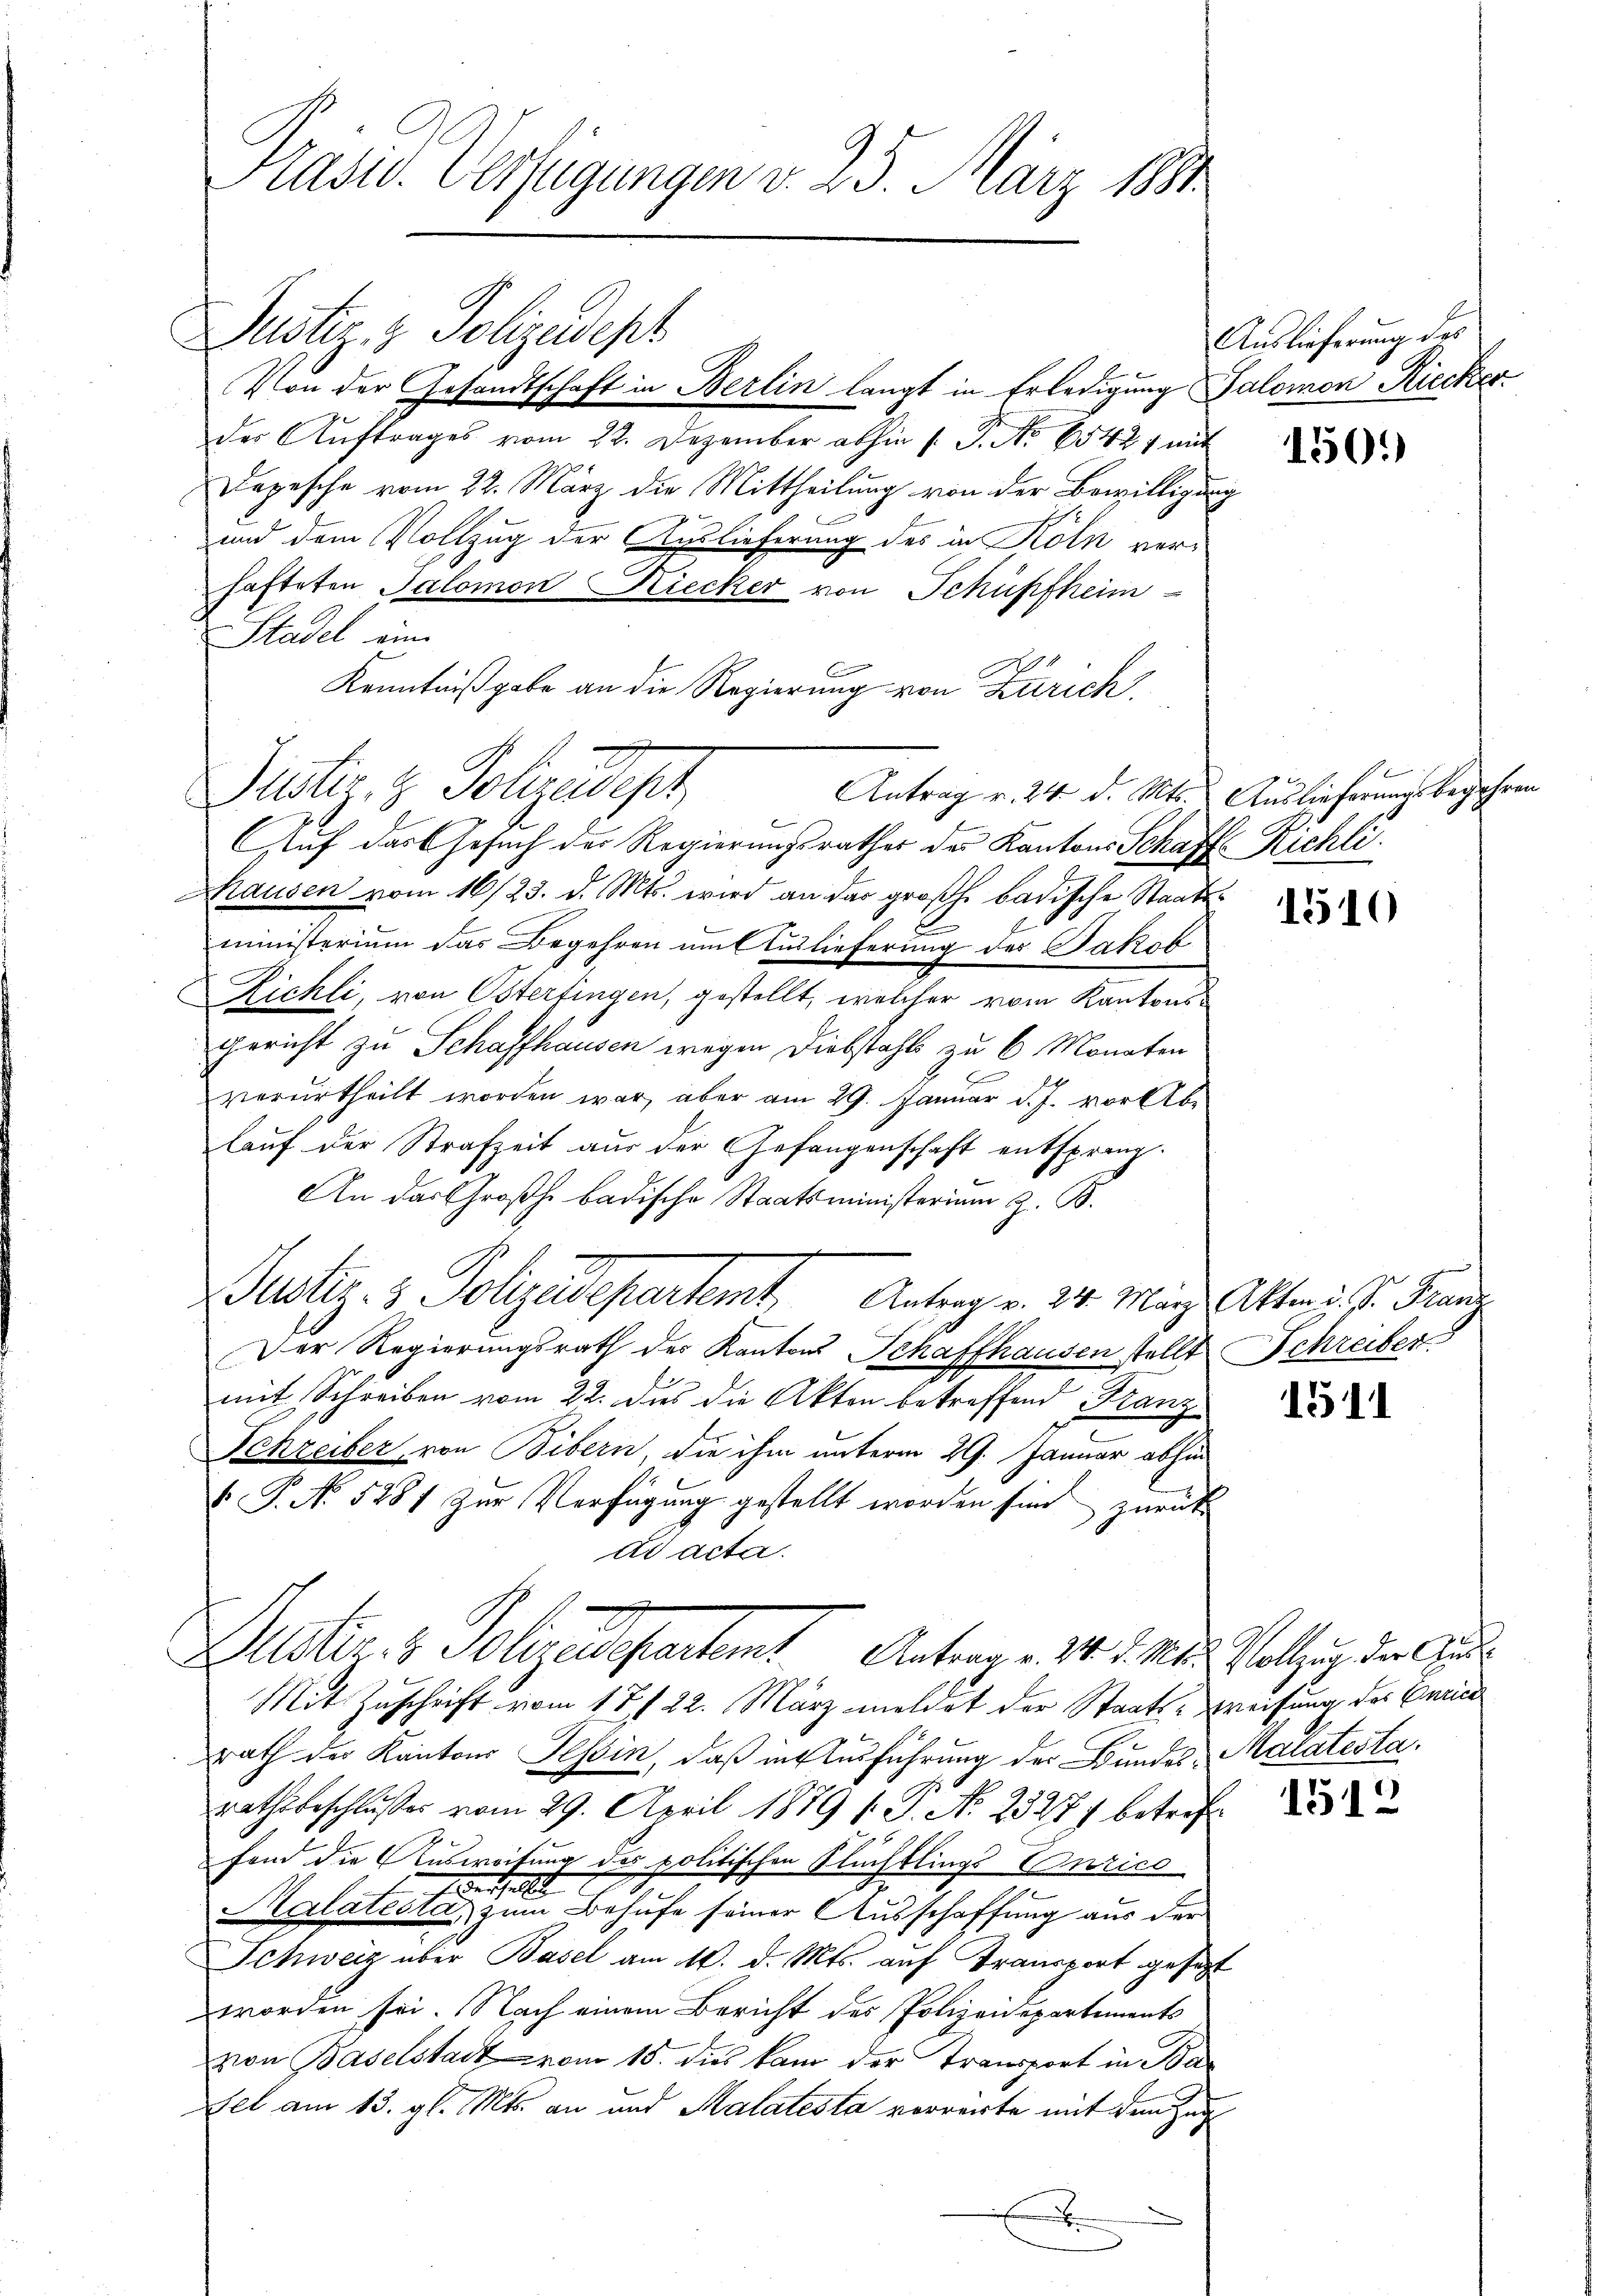
Präsid. Verfügungen v. 25. März 1891

Justiz- & Polizeidept
Von der Gesandtschaft in Berlin langt in Erledigung Salomon Riecker
des Auftrages vom 22. Dezember abhin 1. P. Nr. 65427 mit
Depesche vom 22. März die Mittheilung von der Bewilligung
und dem Vollzug der Auslieferung des in Köln verhafteten Salomon Kiecker von Schüpfheim
Stadel eine
Kenntnißgabe an die Regierung von Zürich
Justiz & Polizadopt
Auf das Gesuch der Regierungsrathes des Kantons Schaft Richli
Mhausen vom 16/23. d. Mts. wird an das großh. badische Staats¬
E
ministerium das Begehren auf Auslieferung des Jakob
Zichli, von Osterfingen, gestellt, welcher vom Kantonsgericht zu Schaffhausen wegen Diebstahls zu 6 Monaten
verurtheilt worden war, aber am 29. Januar d. J. vor Ab
lauf der Strafzeit aus der Gefangenschaft entsprang.
An das Großh. badische Staatsministerium z. B.
Justiz- & Polizeidepartemt, Antrag v. 24. März Akten v. J. Franz
Der Regierungsrath des Kantons Schaffhausen stellt Schreiber
mit Schreiben vom 22. dies die Akten betreffend Franz
Schreiber, von Bibern, die ihm unterm 29. Januar abhin
 P. No 5281 zur Verfügung gestellt worden sind zurück
ad acta.
Alster 3 Polizeisepartamt Antrag. 10. d. M. Vollzug der
Mit Zuschrift vom 17t 22. März meldet der Staats-Weisung des Curice
rath der Kantons Tessin, daß in Ausführung der Bundes-Malatesta
rathsbeschlußes vom 29. April 1879 (P. N. 2327) betreff
fond die Ausweisung des politischen Flüchtlings Curico
tverhalt
Kalatesta zum Behufe seiner Ausschaffung aus der
Schweiz über Basel am 16. d. Mts. auf Transport gesetzt
worden sei. Nach einem Bericht des Polizeidepartements
vion Baselstadt vom 15. dies kam der Transport in Ba¬
Fel am 13. gl. Mts. an und Kalatesta verreirte mit dem Zug
.

Antrag v. 24. d. Mts. Auslieferungsbegehren

Auslieferung des

150.

1510

1511

1512